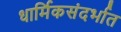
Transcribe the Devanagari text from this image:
धार्मिकसंदर्भात